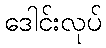
ဒေါင်းလုပ်